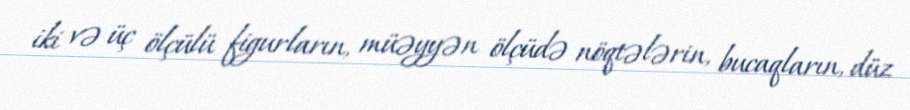
iki və üç ölçülü figurların, müəyyən ölçüdə nöqtələrin, bucaqların, düz